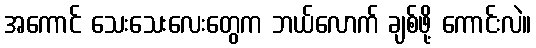
အကောင် သေးသေးလေးတွေက ဘယ်လောက် ချစ်ဖို့ ကောင်းလဲ။